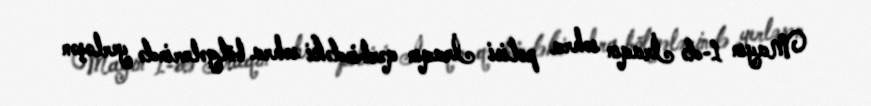
Mayın 1-də İraqın səhra polisi İraqın qərbindəki səhra bölgələrində yerləşən